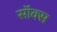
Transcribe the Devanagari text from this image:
सॉक्‍स